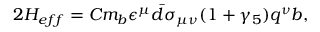
2 H _ { e f f } = C m _ { b } \epsilon ^ { \mu } \bar { d } \sigma _ { \mu \nu } ( 1 + \gamma _ { 5 } ) q ^ { \nu } b ,